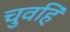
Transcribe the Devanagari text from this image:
चुवहिं